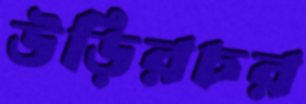
উড়িরচর